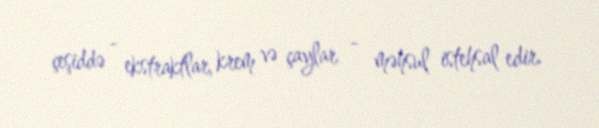
çeşiddə - ekstraktlar, krem və çaylar - məhsul istehsal edir.